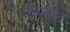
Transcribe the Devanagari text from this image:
दीप्यमान